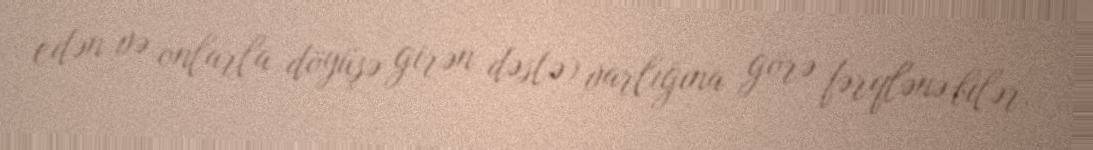
edən və onlarla döyüşə girən dəstə) varlığına görə fərqlənə bilər.